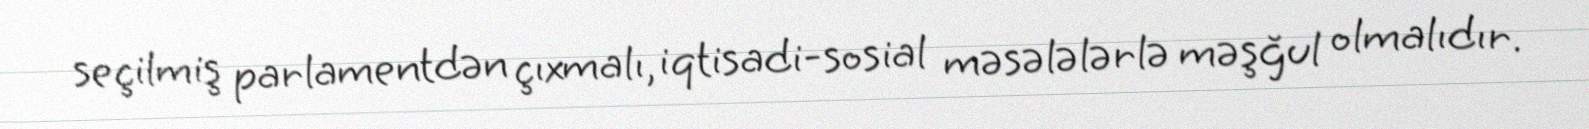
seçilmiş parlamentdən çıxmalı, iqtisadi-sosial məsələlərlə məşğul olmalıdır.